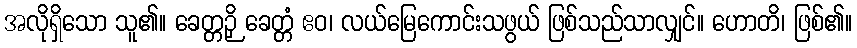
အလိုရှိသော သူ၏။ ခေတ္တဉှိ ခေတ္တံ ဧဝ၊ လယ်မြေကောင်းသဖွယ် ဖြစ်သည်သာလျှင်။ ဟောတိ၊ ဖြစ်၏။